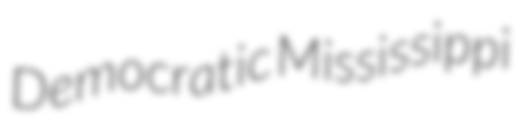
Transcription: Democratic Mississippi